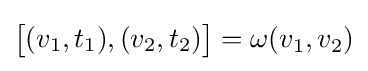
{\begin{bmatrix}(v_{1},t_{1}),(v_{2},t_{2})\end{bmatrix}}=\omega (v_{1},v_{2})